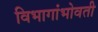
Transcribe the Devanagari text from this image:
विभागांभोवती